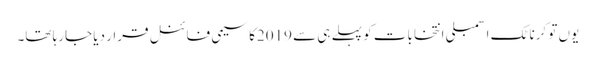
یوں تو کرناٹک اسمبلی انتخابات کو پہلے ہی سے 2019کا سیمی فائنل قرار دیا جارہا تھا۔